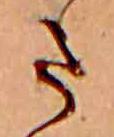
ま